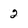
Character: 2